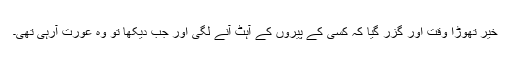
خیر تھوڑا وقت اور گزر گیا کہ کسی کے پیروں کے آہٹ آنے لگی اور جب دیکھا تو وہ عورت آرہی تھی۔